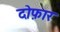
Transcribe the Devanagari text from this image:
दोफ़ार